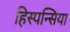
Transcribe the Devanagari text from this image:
हिस्पन्सिया